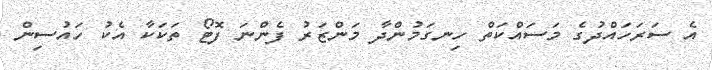
އެ ސަރަހައްދުގެ މަސައްކަތް ހިނގަމުންދާ މަންޒަރު ފެންނަ ފޮޓޯ ތަކަކާ އެކު ހައުސިން